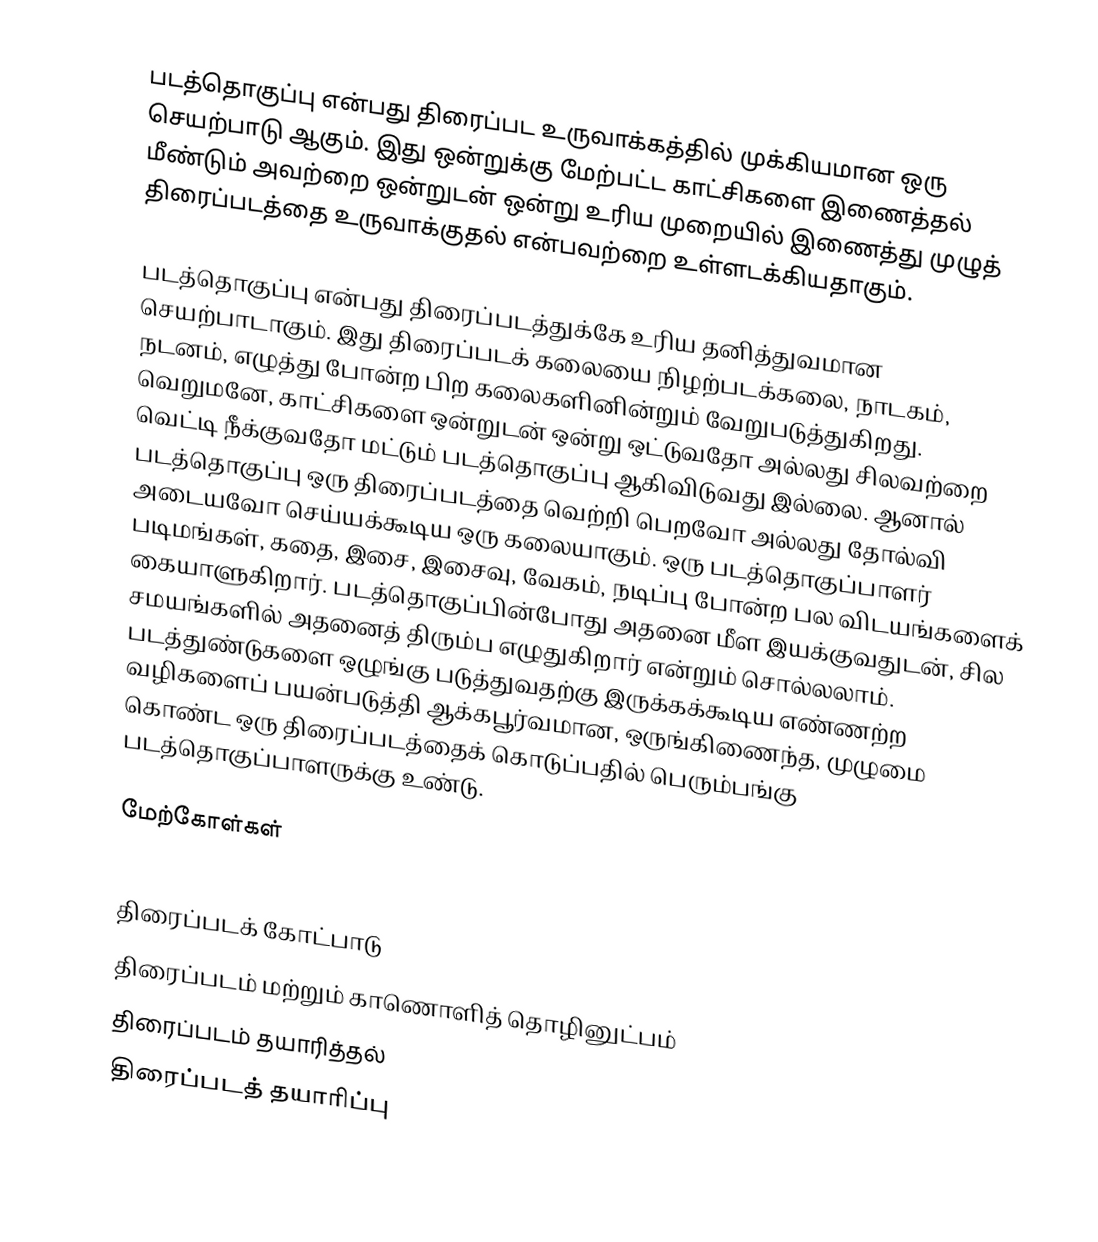
படத்தொகுப்பு என்பது திரைப்பட உருவாக்கத்தில் முக்கியமான ஒரு செயற்பாடு ஆகும். இது ஒன்றுக்கு மேற்பட்ட காட்சிகளை இணைத்தல் மீண்டும் அவற்றை ஒன்றுடன் ஒன்று உரிய முறையில் இணைத்து முழுத் திரைப்படத்தை உருவாக்குதல் என்பவற்றை உள்ளடக்கியதாகும்.

படத்தொகுப்பு என்பது திரைப்படத்துக்கே உரிய தனித்துவமான செயற்பாடாகும். இது திரைப்படக் கலையை நிழற்படக்கலை, நாடகம், நடனம், எழுத்து போன்ற பிற கலைகளினின்றும் வேறுபடுத்துகிறது. வெறுமனே, காட்சிகளை ஒன்றுடன் ஒன்று ஒட்டுவதோ அல்லது சிலவற்றை வெட்டி நீக்குவதோ மட்டும் படத்தொகுப்பு ஆகிவிடுவது இல்லை.  ஆனால் படத்தொகுப்பு ஒரு திரைப்படத்தை வெற்றி பெறவோ அல்லது தோல்வி அடையவோ செய்யக்கூடிய ஒரு கலையாகும். ஒரு படத்தொகுப்பாளர் படிமங்கள், கதை, இசை, இசைவு, வேகம், நடிப்பு போன்ற பல விடயங்களைக் கையாளுகிறார். படத்தொகுப்பின்போது அதனை மீள இயக்குவதுடன், சில சமயங்களில் அதனைத் திரும்ப எழுதுகிறார் என்றும் சொல்லலாம். படத்துண்டுகளை ஒழுங்கு படுத்துவதற்கு இருக்கக்கூடிய எண்ணற்ற வழிகளைப் பயன்படுத்தி ஆக்கபூர்வமான, ஒருங்கிணைந்த, முழுமை கொண்ட ஒரு திரைப்படத்தைக் கொடுப்பதில் பெரும்பங்கு படத்தொகுப்பாளருக்கு உண்டு.

மேற்கோள்கள்

திரைப்படக் கோட்பாடு
திரைப்படம் மற்றும் காணொளித் தொழினுட்பம்
திரைப்படம் தயாரித்தல்
திரைப்படத் தயாரிப்பு